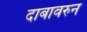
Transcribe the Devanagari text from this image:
दाबावरुन